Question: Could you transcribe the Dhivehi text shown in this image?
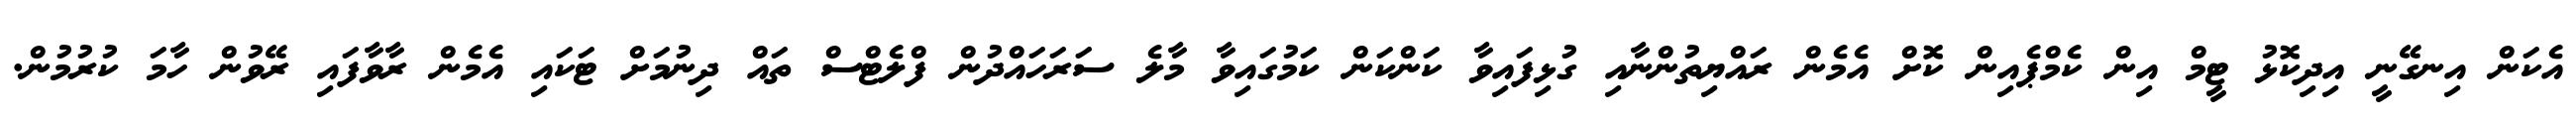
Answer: އެކަން އިނގޭނީ އިދިކޮޅު ޓީމް އިން ކެމްޕެއިން ކޮށް އެމެން ރައްޔިތުންނާއި ގުޅިފައިވާ ކަންކަން ކަމުގައިވާ މާލެ ސަރަހައްދުން ފްލެޓްސް ތައް ދިނުމަށް ޓަކައި އެމެން ރާވާފައި ރޭވުން ހާމަ ކުރުމުން.